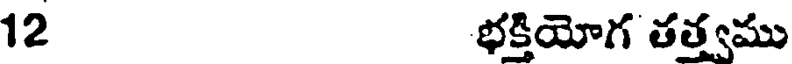
12 భక్తియోగ తత్వము